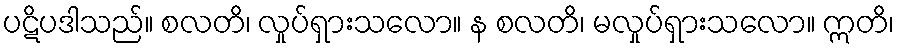
ပဋိပဒါသည်။ စလတိ၊ လှုပ်ရှားသလော။ န စလတိ၊ မလှုပ်ရှားသလော။ ဣတိ၊